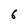
Character: 6